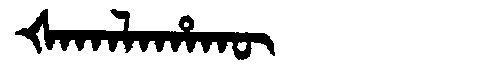
Manchu: ᡧᠠᡴᠠᠯᠠᡥᠠᡴᡡ
Romanization: ŠAKALAHAKŪ